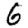
Digit: 6